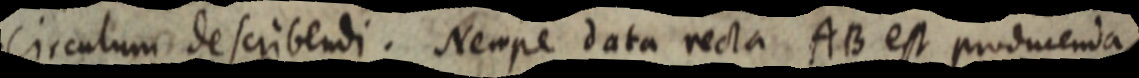
Circulum describendi. Nempe data recta AB est producenda